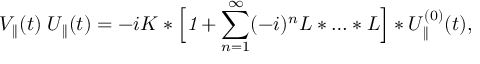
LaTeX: V _ { \parallel } ( t ) \; U _ { \parallel } ( t ) = - i K \ast \Big [ { \it 1 } + \sum _ { n = 1 } ^ { \infty } ( - i ) ^ { n } L \ast \ldots \ast L \Big ] \ast U _ { \parallel } ^ { ( 0 ) } ( t ) ,